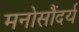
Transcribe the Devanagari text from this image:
मनोसौंदर्य